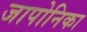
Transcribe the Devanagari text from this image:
जापोनिका